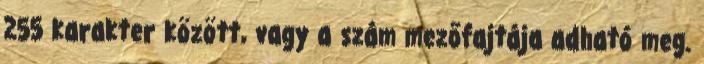
255 karakter között, vagy a szám mezőfajtája adható meg.